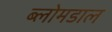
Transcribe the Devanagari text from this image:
ब्लोमडाल